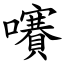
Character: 㘔